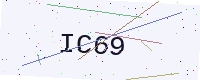
Text: IC69